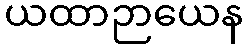
ယထာဉာယေန